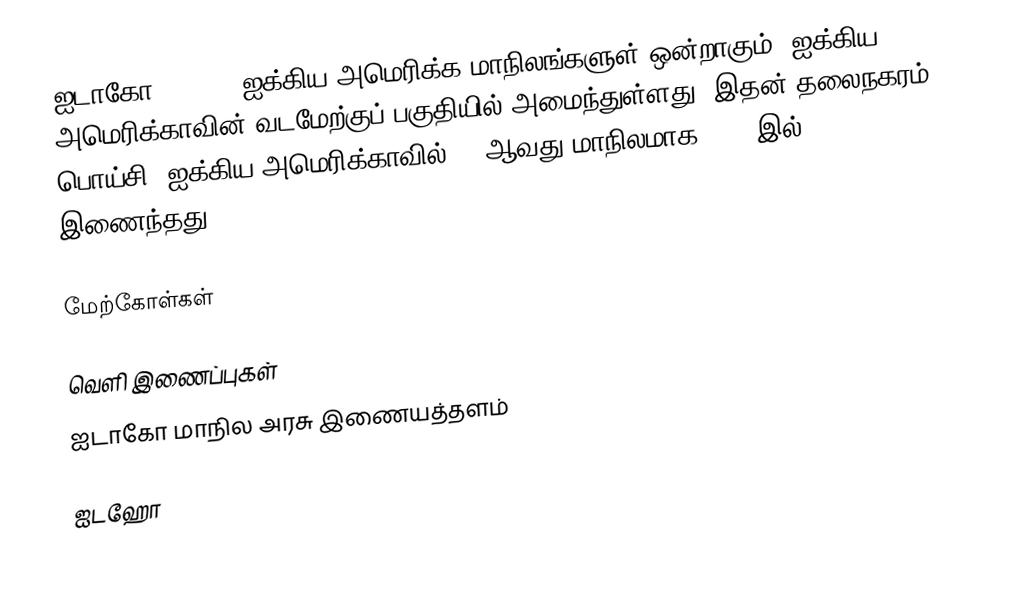
ஐடாகோ (Idaho) ஐக்கிய அமெரிக்க மாநிலங்களுள் ஒன்றாகும். ஐக்கிய அமெரிக்காவின் வடமேற்குப் பகுதியில் அமைந்துள்ளது. இதன் தலைநகரம் பொய்சி. ஐக்கிய அமெரிக்காவில் 43 ஆவது மாநிலமாக 1890 இல் இணைந்தது,

மேற்கோள்கள்

வெளி இணைப்புகள்
 ஐடாகோ மாநில அரசு இணையத்தளம்

ஐடஹோ